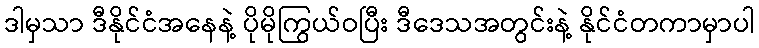
ဒါမှသာ ဒီနိုင်ငံအနေနဲ့ ပိုမိုကြွယ်ဝပြီး ဒီဒေသအတွင်းနဲ့ နိုင်ငံတကာမှာပါ